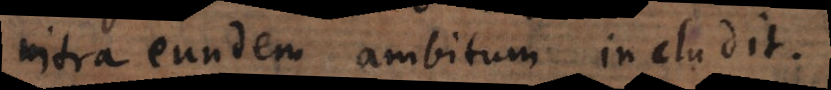
intra eundem ambitum includit.